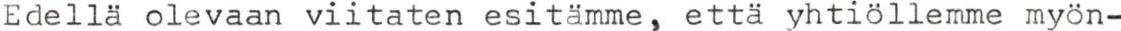
Edellä olevaan viitaten esitämme, että yhtiöllemme myön-